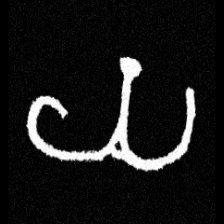
Pyu character \u2014 Myanmar letter: ယ (romanized: ya)